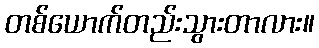
တစ်ယောက်တည်းသွားတာလား။